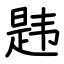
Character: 韪